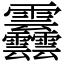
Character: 䨺